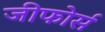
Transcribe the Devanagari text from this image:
जीफोर्स